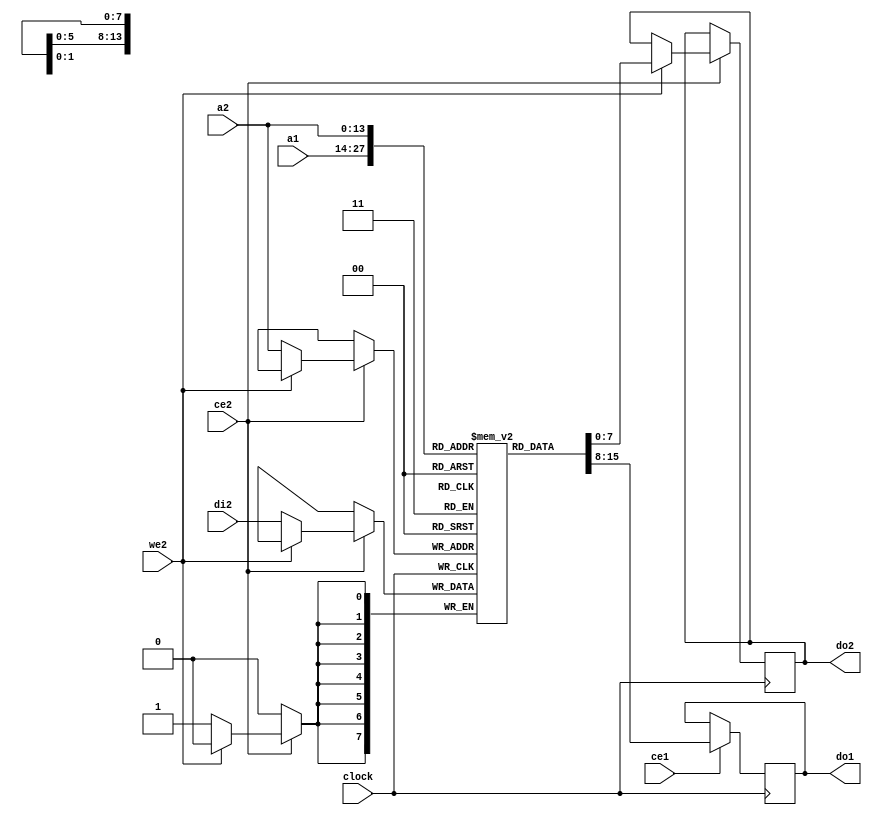
//-------------------------------------------------------------------------------------------------
module dpr
//-------------------------------------------------------------------------------------------------
#
(
	parameter DW = 8,
	parameter AW = 14
)
(
	input  wire         clock,
	input  wire         ce1,
	output reg [   7:0] do1,
	input  wire[AW-1:0] a1,
	input  wire         ce2,
	input  wire         we2,
	input  wire[   7:0] di2,
	output reg [   7:0] do2,
	input  wire[AW-1:0] a2
);
//-------------------------------------------------------------------------------------------------

reg[7:0] d[(2**AW)-1:0];

always @(posedge clock) if(ce1) do1 <= d[a1];
always @(posedge clock) if(ce2) if(!we2) d[a2] <= di2; else do2 <= d[a2];

//-------------------------------------------------------------------------------------------------
endmodule
//-------------------------------------------------------------------------------------------------